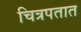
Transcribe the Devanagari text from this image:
चित्रपतात